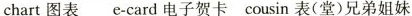
chart 图表 e-card 电子贺卡 cousin 表(堂)兄弟姐妹